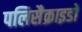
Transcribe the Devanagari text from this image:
पलिसैक्राइडों